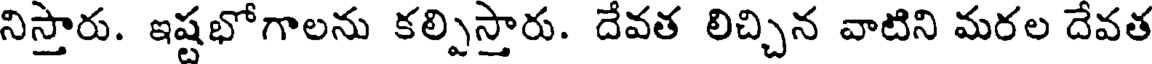
నిస్తారు. ఇష్టభోగాలను కల్పిస్తారు. దేవత లిచ్చిన వాటిని మరల దేవత